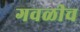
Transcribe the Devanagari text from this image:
गवळीच